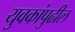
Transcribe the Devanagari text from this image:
युवकांपुढील